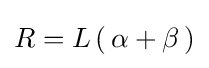
R=L\,(\,\alpha +\beta \,)